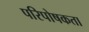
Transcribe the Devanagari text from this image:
परिपोषकता